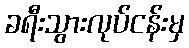
ခရီးသွားလုပ်ငန်းမှ